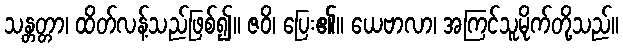
သန္တတ္တာ၊ ထိတ်လန့်သည်ဖြစ်၍။ ဇဝိ၊ ပြေး၏။ ယေဗာလာ၊ အကြင်သူမိုက်တို့သည်။